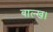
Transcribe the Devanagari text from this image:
बाल्ख।